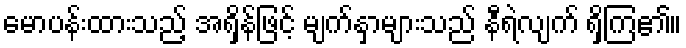
မောပန်းထားသည့် အရှိန်ဖြင့် မျက်နှာများသည် နီရဲလျက် ရှိကြ၏။